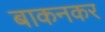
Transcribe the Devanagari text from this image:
बाकनकर